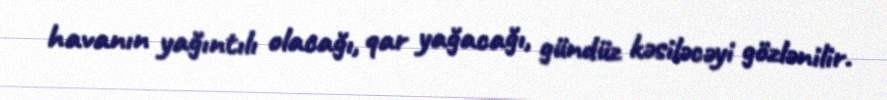
havanın yağıntılı olacağı, qar yağacağı, gündüz kəsiləcəyi gözlənilir.